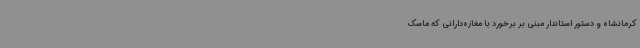
کرمانشاه و دستور استاندار مبنی بر برخورد با مغازه‌دارانی که ماسک